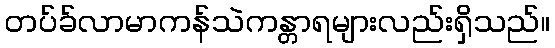
တပ်ခ်လာမာကန်သဲကန္တာရများလည်းရှိသည်။